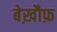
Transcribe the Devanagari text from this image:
बेख़ौफ़